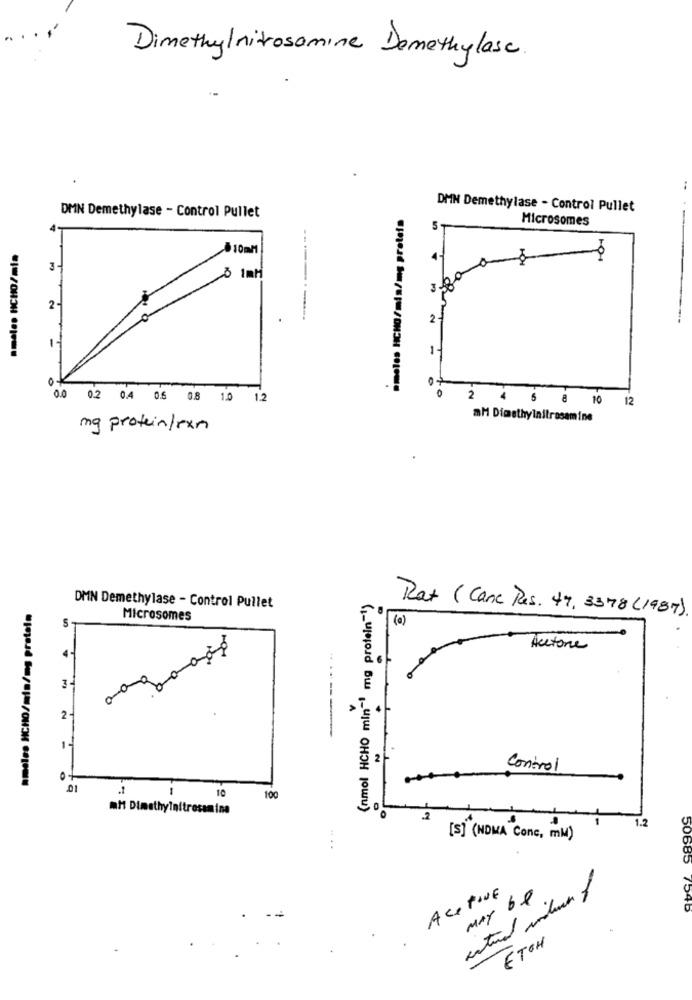
Dimethylnitrosamine Demethylase
..
ameles HCHO/min/mg protein
DMN Demethylase - Control Pullet
DMN Demethylase - Control Pullet
-----------
Microsomes
5
.m.les HICHO/mia
10ml
S ImH
--
2
2.
-
0
0.0 0.2 0.4 0.6 0.8 1.0 1.2
2
4 6 8 10 12
aM Dimethylnitrasamine
mg protein / rxn
(nmol HCHO min"' mg protein"!)
.meles HCHO/mla/mg prateln
DMN Demethylase - Control Pullet
Rat (Cane Res. 47, 3378 ( 1987).
5
Microsomes
(a)
aogomação
....
Acetone
3.
2
1-
5 2
Control
-
0
.1
10
100
O
mtt Dimethylnitrosamina
969/ 98909
.. ..
1.2
[S] (NDMA Conc, mM)
ACTIVE
entural incluir of
MAY be
ETOH